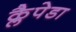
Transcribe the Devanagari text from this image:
क्लैपेडा